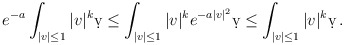
\begin{align*}\begin{aligned}e^{-a} \int_{|v| \leq 1} |v|^k \d v \leq \int_{|v| \leq 1} |v|^k e^{- a |v|^2} \d v \leq \int_{|v| \leq 1} |v|^k \d v \,.\end{aligned}\end{align*}